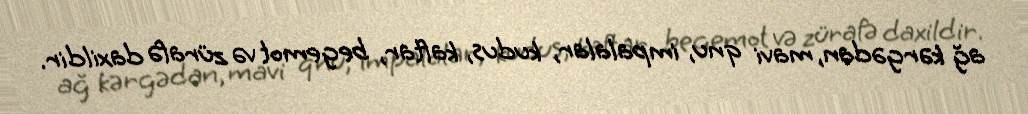
ağ kərgədan, mavi qnu, impalalar, kudus, kaftar, begemot və zürafə daxildir.